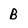
Character: b